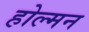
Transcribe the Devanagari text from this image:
होल्मन